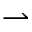
\rightharpoonup